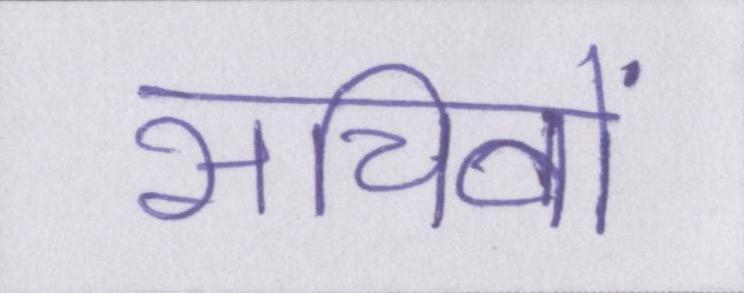
सचिवों